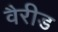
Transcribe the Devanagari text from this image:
वैरीड